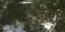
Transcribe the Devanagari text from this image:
रूश